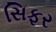
સિફર